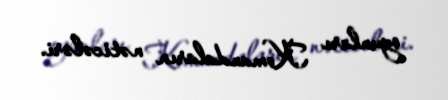
oyunları Komandaların nəticələri.